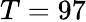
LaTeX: T=97